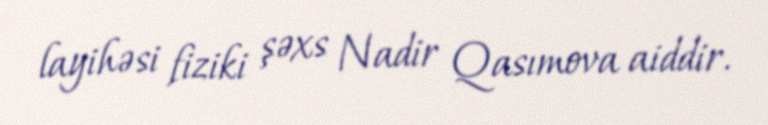
layihəsi fiziki şəxs Nadir Qasımova aiddir.